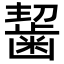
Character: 𪘂